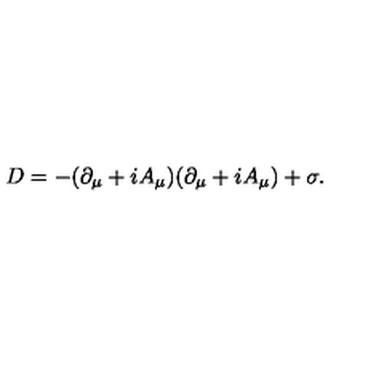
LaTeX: D = - ( \partial _ { \mu } + i A _ { \mu } ) ( \partial _ { \mu } + i A _ { \mu } ) + \sigma .